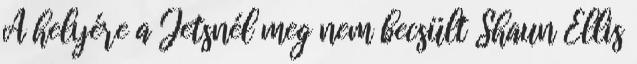
A helyére a Jetsnél meg nem becsült Shaun Ellis